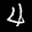
Label: 4